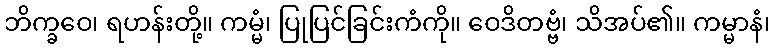
ဘိက္ခဝေ၊ ရဟန်းတို့။ ကမ္မံ၊ ပြုပြင်ခြင်းကံကို။ ဝေဒိတဗ္ဗံ၊ သိအပ်၏။ ကမ္မာနံ၊